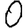
Digit: 0